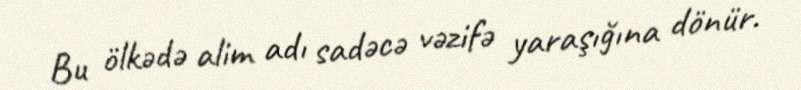
Bu ölkədə alim adı sadəcə vəzifə yaraşığına dönür.